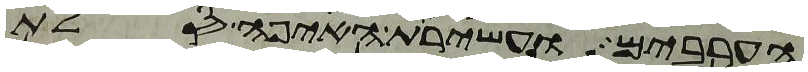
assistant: הערבים ועשירת האיפה סלת